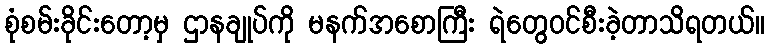
စုံစမ်းခိုင်းတော့မှ ဌာနချုပ်ကို မနက်အစောကြီး ရဲတွေဝင်စီးခဲ့တာသိရတယ်။